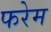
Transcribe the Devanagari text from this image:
फरेम